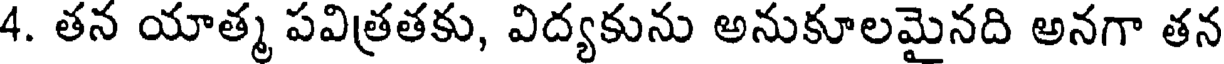
4. తన యాత్మ పవిత్రతకు, విద్యకును అనుకూలమైనది అనగా తన